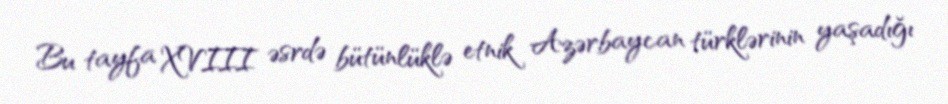
Bu tayfa XVIII əsrdə bütünlüklə etnik Azərbaycan türklərinin yaşadığı